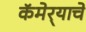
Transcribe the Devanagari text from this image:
कॅमेर्‍याचे